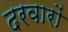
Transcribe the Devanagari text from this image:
दरवारों